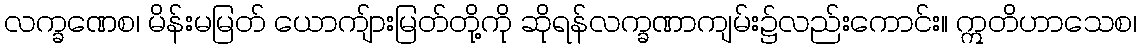
လက္ခဏေစ၊ မိန်းမမြတ် ယောကျ်ားမြတ်တို့ကို ဆိုရန်လက္ခဏာကျမ်း၌လည်းကောင်း။ ဣတိဟာသေစ၊